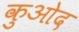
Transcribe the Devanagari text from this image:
कुओद